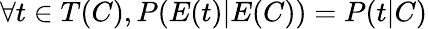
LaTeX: \forall t\in T(C),P(E(t)|E(C))=P(t|C)